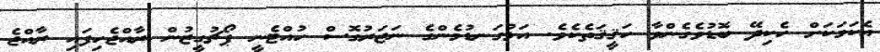
އެކަމަކަށް ހެކިދޭ ބޮޑުވެގެންވާ ހަޤީޤަތެކެވެ. އަޅުގަނޑުމެންގެ ނަޒަރުގޮސް ހުއްޓެނީ ޕޯޗުގީޒުން ރާއްޖެހިފައި ރާއްޖެ